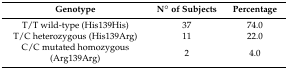
| Genotype | N° of Subjects | Percentage |
 | --- | --- | --- |
 | T/T wild-type (His139His) | 37 | 74.0 |
 | T/C heterozygous (His139Arg) | 11 | 22.0 |
 | C/C mutated homozygous (Arg139Arg) | 2 | 4.0 |